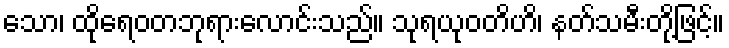
သော၊ ထိုရေဝတဘုရားလောင်းသည်။ သုရယုဝတိဟိ၊ နတ်သမီးတို့ဖြင့်။